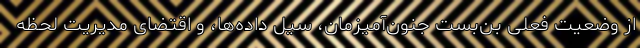
از وضعیت فعلیِ بن‌بست جنون‌آمیزمان، سیل داده‌ها، و اقتضای مدیریت لحظه